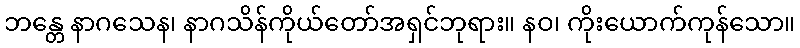
ဘန္တေ နာဂသေန၊ နာဂသိန်ကိုယ်တော်အရှင်ဘုရား။ နဝ၊ ကိုးယောက်ကုန်သော။